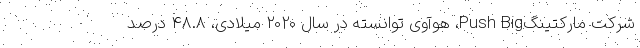
شرکت مارکتینگPush Big، هوآوی توانسته در سال 2020 میلادی، 48.8 درصد